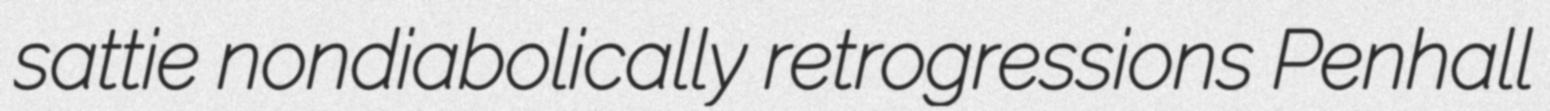
sattie nondiabolically retrogressions Penhall